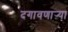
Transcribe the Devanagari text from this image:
दगावणाऱ्या